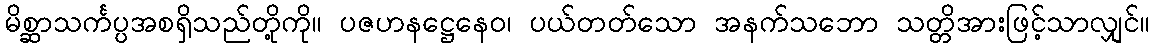
မိစ္ဆာသင်္ကပ္ပအစရှိသည်တို့ကို။ ပဇဟနဋ္ဌေနေဝ၊ ပယ်တတ်သော အနက်သဘော သတ္တိအားဖြင့်သာလျှင်။